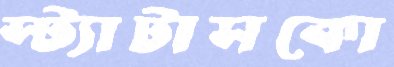
স্ট্যাটাসকো